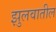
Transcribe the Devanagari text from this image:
झुलवातील